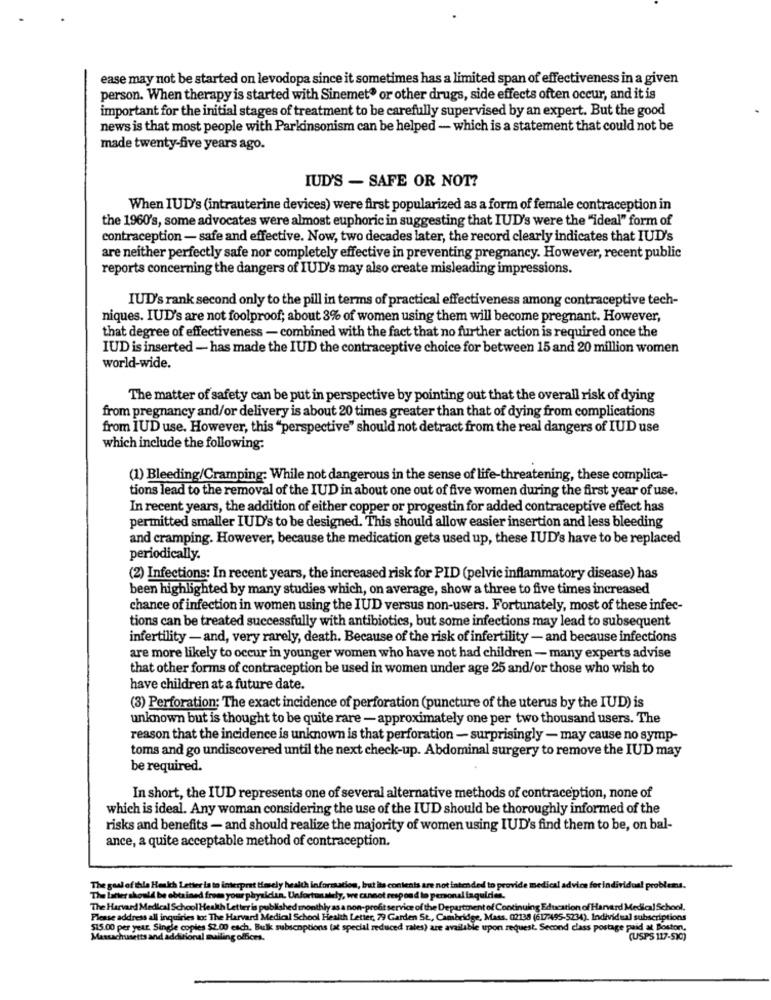
ease may not be started on levodopa since it sometimes has a limited span of effectiveness in a given
person. When therapy is started with Sinemet® or other drugs, side effects often occur, and it is
important for the initial stages of treatment to be carefully supervised by an expert. But the good
news is that most people with Parkinsonism can be helped - which is a statement that could not be
made twenty-five years ago.
IUD'S - SAFE OR NOT?
When IUD's (intrauterine devices) were first popularized as a form of female contraception in
the 1960's, some advocates were almost euphoric in suggesting that IUD's were the "ideal" form of
contraception - safe and effective. Now, two decades later, the record clearly indicates that IUD's
are neither perfectly safe nor completely effective in preventing pregnancy. However, recent public
reports concerning the dangers of IUD's may also create misleading impressions.
IUD's rank second only to the pill in terms of practical effectiveness among contraceptive tech-
niques. IUD's are not foolproof; about 3% of women using them will become pregnant. However,
that degree of effectiveness - combined with the fact that no further action is required once the
IUD is inserted - has made the IUD the contraceptive choice for between 15 and 20 million women
world-wide.
The matter of safety can be put in perspective by pointing out that the overall risk of dying
from pregnancy and/or delivery is about 20 times greater than that of dying from complications
from IUD use. However, this "perspective" should not detract from the real dangers of IUD use
which include the following:
(1) Bleeding/Cramping: While not dangerous in the sense of life-threatening, these complica-
tions lead to the removal of the IUD in about one out of five women during the first year of use.
In recent years, the addition of either copper or progestin for added contraceptive effect has
permitted smaller IUD's to be designed. This should allow easier insertion and less bleeding
and cramping. However, because the medication gets used up, these IUD's have to be replaced
periodically.
(2) Infections: In recent years, the increased risk for PID (pelvic inflammatory disease) has
been highlighted by many studies which, on average, show a three to five times increased
chance of infection in women using the IUD versus non-users. Fortunately, most of these infec-
tions can be treated successfully with antibiotics, but some infections may lead to subsequent
infertility - and, very rarely, death. Because of the risk of infertility - and because infections
are more likely to occur in younger women who have not had children - many experts advise
that other forms of contraception be used in women under age 25 and/or those who wish to
have children at a future date.
(3) Perforation: The exact incidence of perforation (puncture of the uterus by the IUD) is
unknown but is thought to be quite rare - approximately one per two thousand users. The
reason that the incidence is unknown is that perforation - surprisingly - may cause no symp-
toms and go undiscovered until the next check-up. Abdominal surgery to remove the IUD may
be required.
In short, the IUD represents one of several alternative methods of contraception, none of
which is ideal. Any woman considering the use of the IUD should be thoroughly informed of the
risks and benefits - and should realize the majority of women using IUD's find them to be, on bal-
ance, a quite acceptable method of contraception.
The goal of thle Heakh Letter is to interpret timsely health information, but its contents are not intended to provide medical advice for individual problems.
The Latter should be obtained from your physician. Unfortunately, we cannot respond lo personal iaquidies.
The Harvard Medical School Health Letter is published monthly as a non-profit service of the Department of Continuing Education of Harvard Medical School.
Please address all inquiries to: The Harvard Medical School Health Letter, 79 Garden St ., Cambridge, Mass, 02138 (617:495-5234). Individual subscriptions
$15.00 per year. Single copies $2.00 each. Bulk subscoptions (at special reduced rates) are available upon request. Second class postage paid at Boston,
Massachusetts and additional mailing offices.
(USPS 117-5)C)